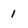
Character: 1